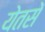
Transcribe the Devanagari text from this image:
येतसे